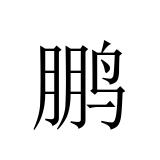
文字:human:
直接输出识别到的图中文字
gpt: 鹏